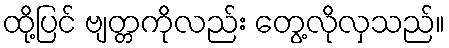
ထို့ပြင် ဗျတ္တကိုလည်း တွေ့လိုလှသည်။